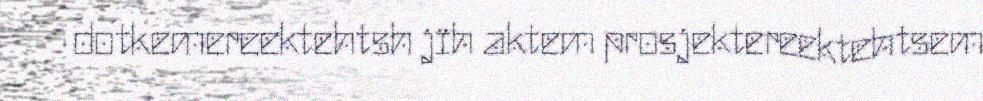
dotkemereektehtsh jïh aktem prosjektereektehtsem